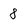
Character: 8